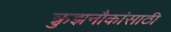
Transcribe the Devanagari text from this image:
क्रुझनौकांसाठी